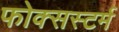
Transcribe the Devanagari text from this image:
फोक्सस्टर्म